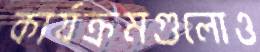
কার্যক্রমগুলোও